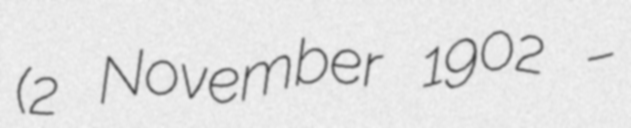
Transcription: (2 November 1902 –